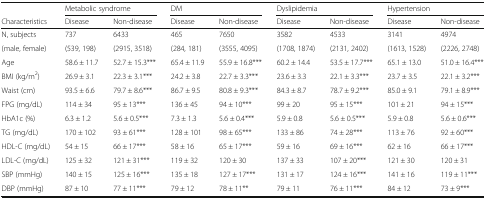
<table><thead><tr><td></td><td colspan="2"><b>Metabolic syndrome</b></td><td colspan="2"><b>DM</b></td><td colspan="2"><b>Dyslipidemia</b></td><td colspan="2"><b>Hypertension</b></td></tr><tr><td><b>Characteristics</b></td><td><b>Disease</b></td><td><b>Non-disease</b></td><td><b>Disease</b></td><td><b>Non-disease</b></td><td><b>Disease</b></td><td><b>Non-disease</b></td><td><b>Disease</b></td><td><b>Non-disease</b></td></tr></thead><tbody><tr><td>N, subjects</td><td>737</td><td>6433</td><td>465</td><td>7650</td><td>3582</td><td>4533</td><td>3141</td><td>4974</td></tr><tr><td>(male, female)</td><td>(539, 198)</td><td>(2915, 3518)</td><td>(284, 181)</td><td>(3555, 4095)</td><td>(1708, 1874)</td><td>(2131, 2402)</td><td>(1613, 1528)</td><td>(2226, 2748)</td></tr><tr><td>Age</td><td>58.6 ± 11.7</td><td>52.7 ± 15.3***</td><td>65.4 ± 11.9</td><td>55.9 ± 16.8***</td><td>60.2 ± 14.4</td><td>53.5 ± 17.7***</td><td>65.1 ± 13.0</td><td>51.0 ± 16.4***</td></tr><tr><td>BMI (kg/m<sup>2</sup>)</td><td>26.9 ± 3.1</td><td>22.3 ± 3.1***</td><td>24.2 ± 3.8</td><td>22.7 ± 3.3***</td><td>23.6 ± 3.3</td><td>22.1 ± 3.3***</td><td>23.7 ± 3.5</td><td>22.1 ± 3.2***</td></tr><tr><td>Waist (cm)</td><td>93.5 ± 6.6</td><td>79.7 ± 8.6***</td><td>86.7 ± 9.5</td><td>80.8 ± 9.3***</td><td>84.3 ± 8.7</td><td>78.7 ± 9.2***</td><td>85.0 ± 9.1</td><td>79.1 ± 8.9***</td></tr><tr><td>FPG (mg/dL)</td><td>114 ± 34</td><td>95 ± 13***</td><td>136 ± 45</td><td>94 ± 10***</td><td>99 ± 20</td><td>95 ± 15***</td><td>101 ± 21</td><td>94 ± 15***</td></tr><tr><td>HbA1c (%)</td><td>6.3 ± 1.2</td><td>5.6 ± 0.5***</td><td>7.3 ± 1.3</td><td>5.6 ± 0.4***</td><td>5.9 ± 0.8</td><td>5.6 ± 0.5***</td><td>5.9 ± 0.8</td><td>5.6 ± 0.6***</td></tr><tr><td>TG (mg/dL)</td><td>170 ± 102</td><td>93 ± 61***</td><td>128 ± 101</td><td>98 ± 65***</td><td>133 ± 86</td><td>74 ± 28***</td><td>113 ± 76</td><td>92 ± 60***</td></tr><tr><td>HDL-C (mg/dL)</td><td>54 ± 15</td><td>66 ± 17***</td><td>58 ± 16</td><td>65 ± 17***</td><td>59 ± 16</td><td>69 ± 16***</td><td>62 ± 16</td><td>66 ± 17***</td></tr><tr><td>LDL-C (mg/dL)</td><td>125 ± 32</td><td>121 ± 31***</td><td>119 ± 32</td><td>120 ± 30</td><td>137 ± 33</td><td>107 ± 20***</td><td>121 ± 30</td><td>120 ± 31</td></tr><tr><td>SBP (mmHg)</td><td>140 ± 15</td><td>125 ± 16***</td><td>135 ± 18</td><td>127 ± 17***</td><td>131 ± 17</td><td>124 ± 16***</td><td>141 ± 16</td><td>119 ± 11***</td></tr><tr><td>DBP (mmHg)</td><td>87 ± 10</td><td>77 ± 11***</td><td>79 ± 12</td><td>78 ± 11**</td><td>79 ± 11</td><td>76 ± 11***</td><td>84 ± 12</td><td>73 ± 9***</td></tr></tbody></table>